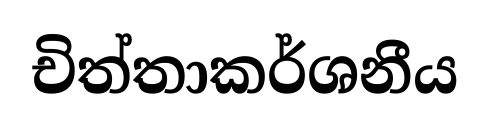
චිත්තාකර්ශනීය